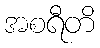
အစရီတိ